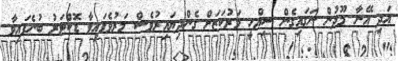
އަދި އޭނާ މޫދުން ނަގައިގެން ސިއްހީ މަރުކަޒަށް ގެންދިޔައިރުވެސް މަރުވެފައިވާ ޑޮކްޓަރު ބުނެފައިވާ